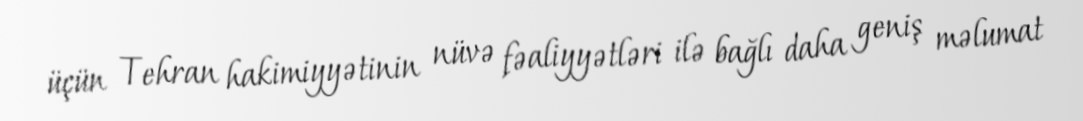
üçün Tehran hakimiyyətinin nüvə fəaliyyətləri ilə bağlı daha geniş məlumat